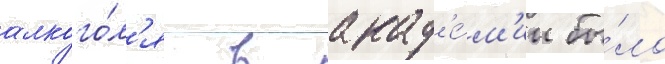
алкого́л'я в акад'е́м'ии бы́ло